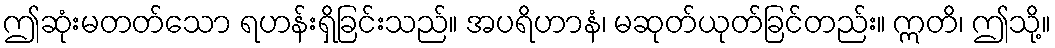
ဤဆုံးမတတ်သော ရဟန်းရှိခြင်းသည်။ အပရိဟာနံ၊ မဆုတ်ယုတ်ခြင်တည်း။ ဣတိ၊ ဤသို့။